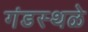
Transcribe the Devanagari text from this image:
गंडस्थळे